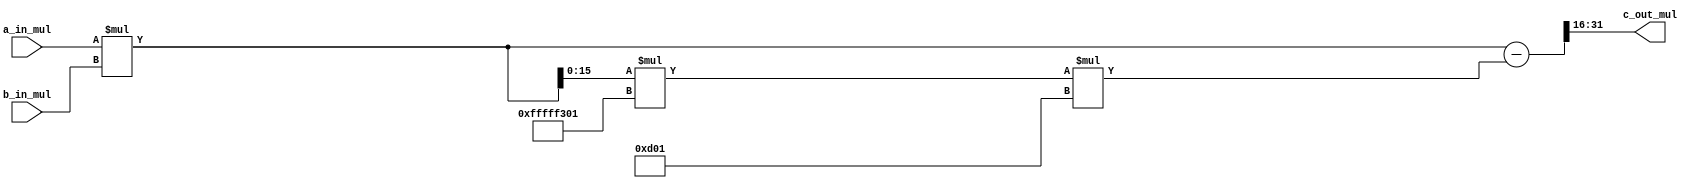
`define KYBER_Q      16'd3329
`define QINV        -16'd3327

module fqmul (a_in_mul, b_in_mul, c_out_mul);

    input signed [15:0] a_in_mul, b_in_mul;
    output signed [15:0] c_out_mul;

    wire signed [31:0] prod;
    assign prod = a_in_mul * b_in_mul;

    wire signed [31:0] prod1;
    assign prod1 = prod[15:0] * `QINV;

    wire signed [15:0] t;
    assign t = prod1[15:0];

    wire signed [15:0] t1;
    assign t1 = `KYBER_Q;

    wire signed [31:0] prod2;
    assign prod2 = t * t1;

    wire signed [31:0] prod3;
    assign prod3 = prod - prod2;

    assign c_out_mul = prod3[31:16];

endmodule